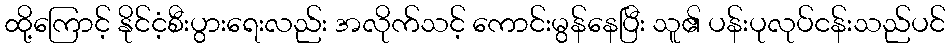
ထို့ကြောင့် နိုင်ငံ့စီးပွားရေးလည်း အလိုက်သင့် ကောင်းမွန်နေပြီး သူ၏ ပန်းပုလုပ်ငန်းသည်ပင်